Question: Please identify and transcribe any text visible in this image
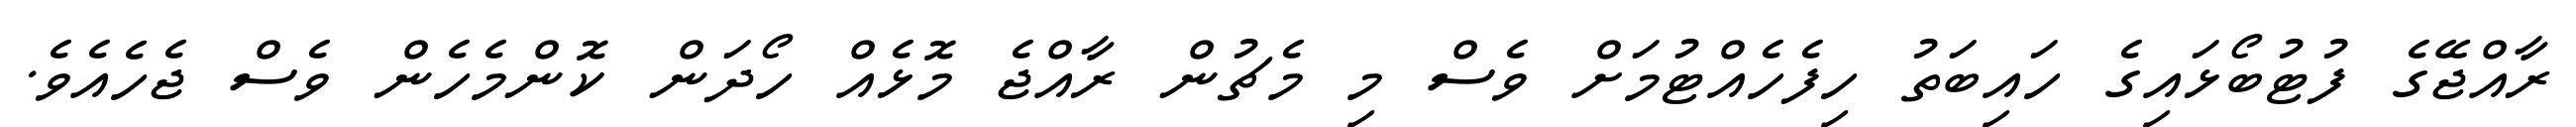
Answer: ރާއްޖޭގެ ފުޓުބޯޅައިގެ ހައިބަތު ހިފެހެއްޓުމަށް ވެސް މި މެޗުން ރާއްޖެ މޮޅެއް ހޯދަން ކޮންމެހެން ވެސް ޖެހެއެވެ.